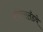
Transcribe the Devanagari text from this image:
क्वीन्सलँडचे